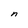
Character: n